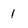
Character: 1